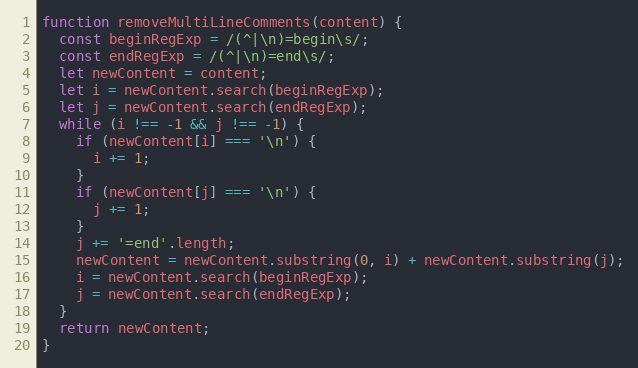
Language: JavaScript
function removeMultiLineComments(content) {
  const beginRegExp = /(^|\n)=begin\s/;
  const endRegExp = /(^|\n)=end\s/;
  let newContent = content;
  let i = newContent.search(beginRegExp);
  let j = newContent.search(endRegExp);
  while (i !== -1 && j !== -1) {
    if (newContent[i] === '\n') {
      i += 1;
    }
    if (newContent[j] === '\n') {
      j += 1;
    }
    j += '=end'.length;
    newContent = newContent.substring(0, i) + newContent.substring(j);
    i = newContent.search(beginRegExp);
    j = newContent.search(endRegExp);
  }
  return newContent;
}